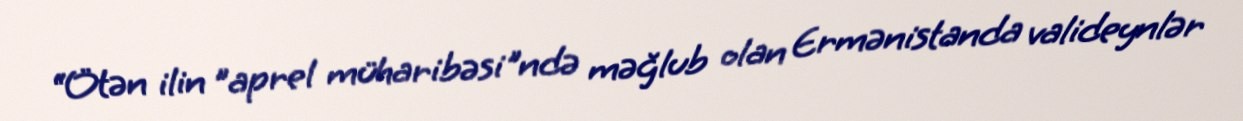
“Ötən ilin ”aprel müharibəsi"ndə məğlub olan Ermənistanda valideynlər